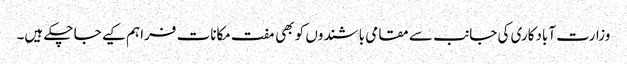
وزارت آبادکاری کی جانب سے مقامی باشندوں کو بھی مفت مکانات فراہم کیے جا چکے ہیں۔